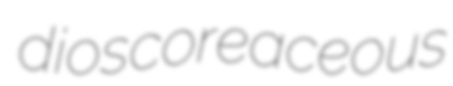
dioscoreaceous